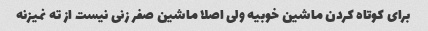
برای کوتاه کردن ماشین خوبیه ولی اصلا ماشین صفر زنی نیست از ته نمیزنه